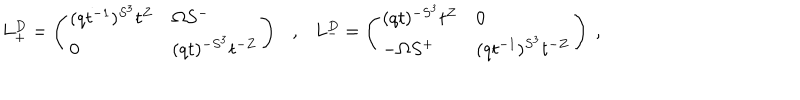
LaTeX: L _ { + } ^ { D } = \left( \begin{array} { l l } { { ( q t ^ { - 1 } ) ^ { S ^ { 3 } } t ^ { Z } } } & { { \Omega S ^ { - } } } \\ { { 0 } } & { { ( q t ) ^ { - S ^ { 3 } } t ^ { - Z } } } \\ \end{array} \right) \ \ \ , \ \ \ L _ { - } ^ { D } = \left( \begin{array} { l l } { { ( q t ) ^ { - S ^ { 3 } } t ^ { Z } } } & { { 0 } } \\ { { - \Omega S ^ { + } } } & { { ( q t ^ { - 1 } ) ^ { S ^ { 3 } } t ^ { - Z } } } \\ \end{array} \right) \ ,